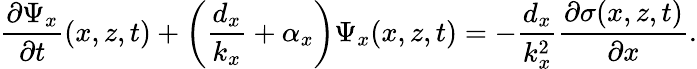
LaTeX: \frac{\partial\Psi_{x}}{\partial t}(x,z,t)+\left(\frac{d_{x}}{k_{x}}+\alpha_{x}\right)\Psi_{x}(x,z,t)=-\frac{d_{x}}{k_{x}^{2}}\frac{\partial\sigma(x,z,t)}{\partial x}.